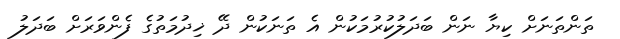
ތަންތަނަށް ކިޔާ ނަން ބަދަލުކުރުމަކުން އެ ތަނަކުން ދޭ ޚިދުމަތުގެ ފެންވަރަށް ބަދަލު